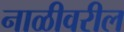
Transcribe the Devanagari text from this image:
नाळीवरील